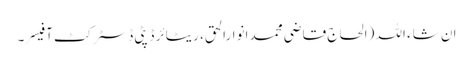
ان شاء اللہ (الحاج قاضی محمد انوارالحق، ریٹائر ڈپٹی ڈسٹرکٹ آفیسر۔